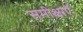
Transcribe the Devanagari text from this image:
समीक्षाऍं